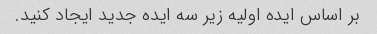
بر اساس ایده اولیه زیر سه ایده جدید ایجاد کنید.